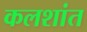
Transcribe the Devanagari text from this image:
कलशांत